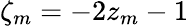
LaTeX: \zeta_{m}=-2z_{m}-1